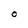
Character: O